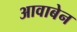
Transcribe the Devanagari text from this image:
आवाबेन